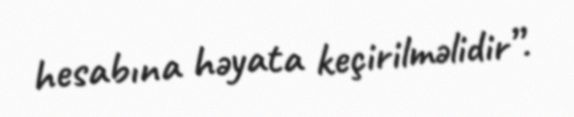
hesabına həyata keçirilməlidir”.